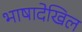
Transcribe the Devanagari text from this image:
भाषादेखिल